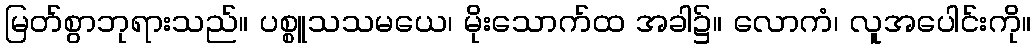
မြတ်စွာဘုရားသည်။ ပစ္စူသသမယေ၊ မိုးသောက်ထ အခါ၌။ လောကံ၊ လူအပေါင်းကို။